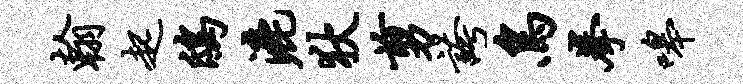
翰起鸱漉狄剪夸鸟拳嗥